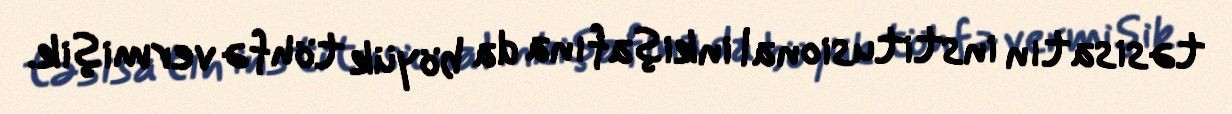
təsisatın institusional inkişafına da böyük töhfə vermişik.